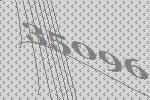
35096